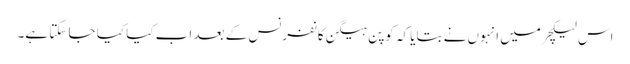
اس لیکچرمیں انہوں نے بتایا کہ کوپن ہیگن کانفرنس کے بعد اب کیا کیا جا سکتا ہے۔